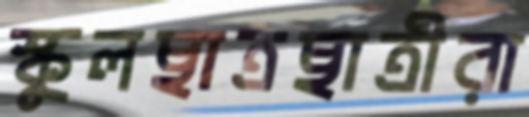
স্কুলছাত্রছাত্রীরা